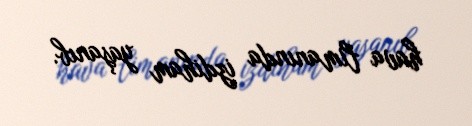
hava limanında izdiham yaşanıb.